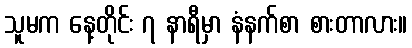
သူမက နေ့တိုင်း ၇ နာရီမှာ နံနက်စာ စားတာလား။